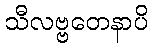
သီလဗ္ဗတေနာပိ